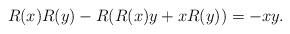
LaTeX: \begin{align*}R(x)R(y) - R(R(x)y+xR(y)) = -xy.\end{align*}